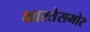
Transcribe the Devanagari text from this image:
क्षारतेसमोर